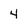
Character: 4